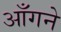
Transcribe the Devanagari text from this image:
आँगने